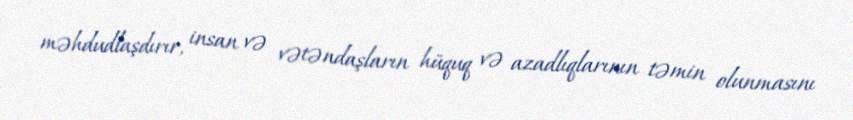
məhdudlaşdırır, insan və vətəndaşların hüquq və azadlıqlarının təmin olunmasını